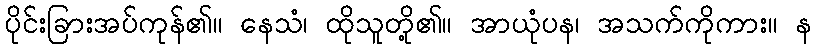
ပိုင်းခြားအပ်ကုန်၏။ နေသံ၊ ထိုသူတို့၏။ အာယုံပန၊ အသက်ကိုကား။ န